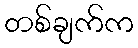
တစ်ချက်က